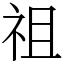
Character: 祖